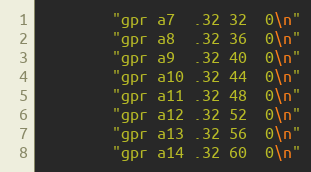
Language: C
		"gpr	a7	.32	32	0\n"
		"gpr	a8	.32	36	0\n"
		"gpr	a9	.32	40	0\n"
		"gpr	a10	.32	44	0\n"
		"gpr	a11	.32	48	0\n"
		"gpr	a12	.32	52	0\n"
		"gpr	a13	.32	56	0\n"
		"gpr	a14	.32	60	0\n"